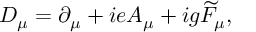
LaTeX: D _ { \mu } = \partial _ { \mu } + i e A _ { \mu } + i g \widetilde { F } _ { \mu } ,